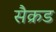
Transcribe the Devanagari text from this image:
सैक्रड